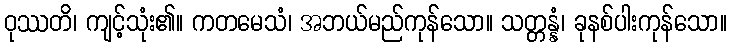
ဝုဿတိ၊ ကျင့်သုံး၏။ ကတမေသံ၊ အဘယ်မည်ကုန်သော။ သတ္တန္နံ၊ ခုနစ်ပါးကုန်သော။